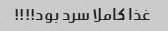
غذا کاملا سرد بود!!!!